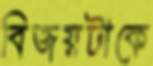
বিজয়টাকে